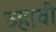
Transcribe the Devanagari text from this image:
व्‍हावी